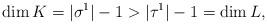
LaTeX: \begin{align*}\dim K = |\sigma^1| -1 > |\tau^1|-1 = \dim L,\end{align*}